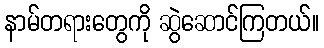
နာမ်တရားတွေကို ဆွဲဆောင်ကြတယ်။